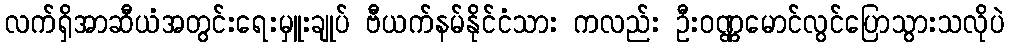
လက်ရှိအာဆီယံအတွင်းရေးမှူးချုပ် ဗီယက်နမ်နိုင်ငံသား ကလည်း ဦးဝဏ္ဏမောင်လွင်ပြောသွားသလိုပဲ